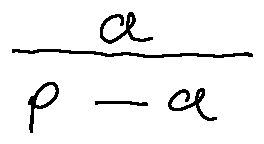
\frac { a } { p - a }